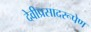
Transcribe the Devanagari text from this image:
देवीप्रसादरूपेण